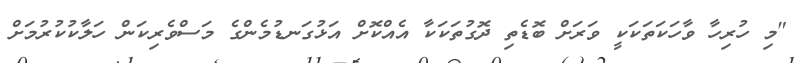
"މި ހުރިހާ ވާހަކަތަކަކީ ވަރަށް ބޮޑެތި ދޮގުތަކަކާ އެއްކޮށް އަޅުގަނޑުމެންގެ މަސްވެރިކަން ހަލާކުކުރުމަށް